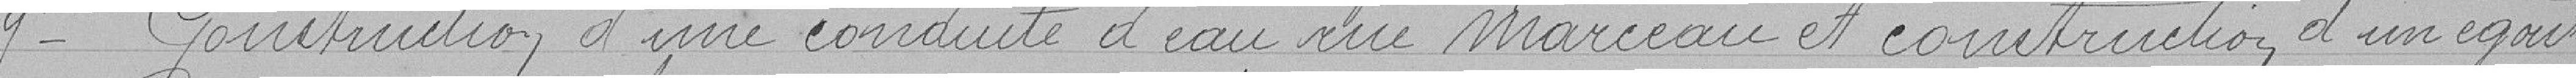
9°-Construction d'une conduite d'eau rue Marceau et construction d'un égout